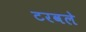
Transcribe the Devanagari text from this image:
टरवले